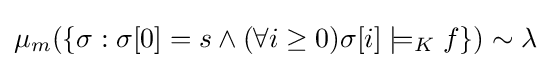
\mu _{m}(\{\sigma :\sigma [0]=s\land (\forall i\geq 0)\sigma [i]\models _{K}f\})\sim \lambda